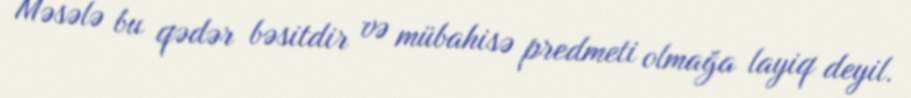
Məsələ bu qədər bəsitdir və mübahisə predmeti olmağa layiq deyil.